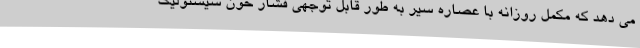
می دهد که مکمل روزانه با عصاره سیر به طور قابل توجهی فشار خون سیستولیک